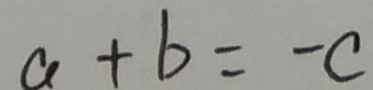
a + b = - c